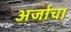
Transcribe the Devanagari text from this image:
अर्जाचा